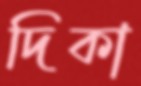
দিকা